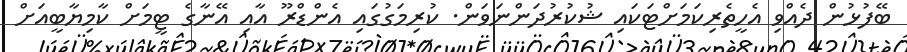
ބޭފުޅުން ދެއްވި އެހީތެރިކަމަށްޓަކައި ޝުކުރުދަންނަވަން. ކުރިމަގުގައި އެންޑްރޫ އާއި އޭނާގެ ޓީމަށް ކާމިޔާބީއަށް